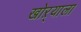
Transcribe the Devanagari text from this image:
खोऱ्याला